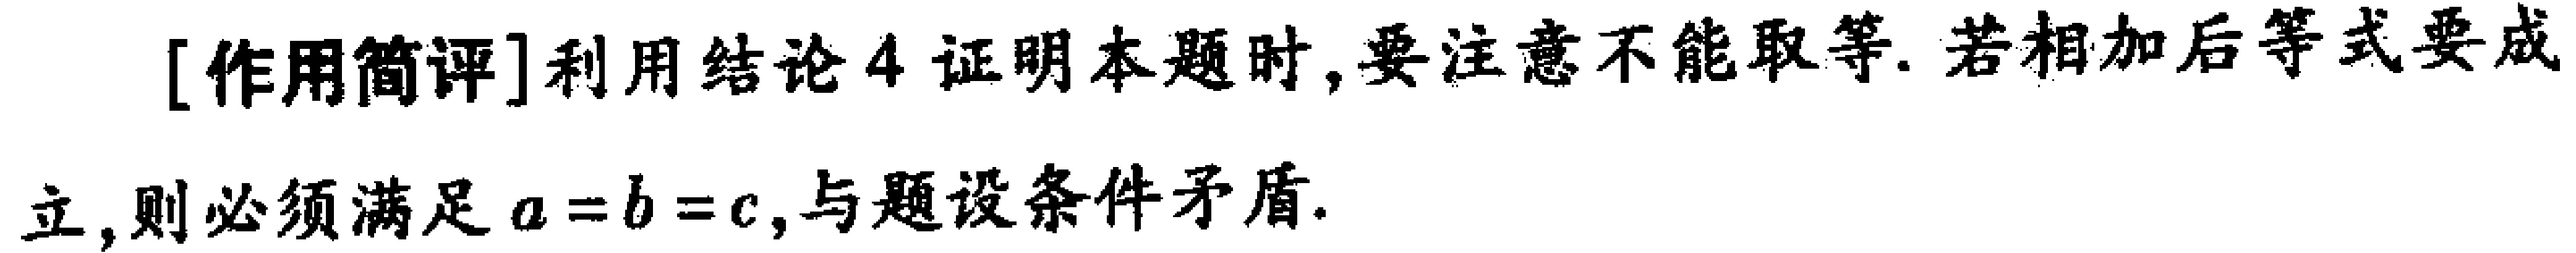
[作用简评]利用结论4证明本题时,要注意不能取等. 若相加后等式要成

立,则必须满足 \(a = b = c\),与题设条件矛盾.